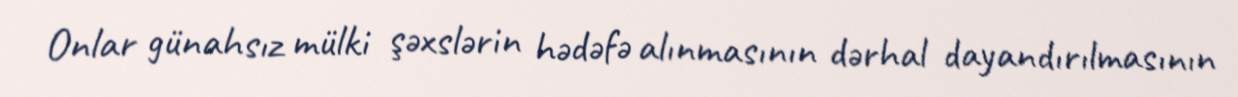
Onlar günahsız mülki şəxslərin hədəfə alınmasının dərhal dayandırılmasının